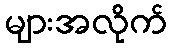
များအလိုက်